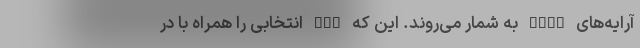
آرایه‌های RAID به شمار می‌روند. این که NAS انتخابی را همراه با در